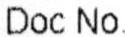
DOC NO